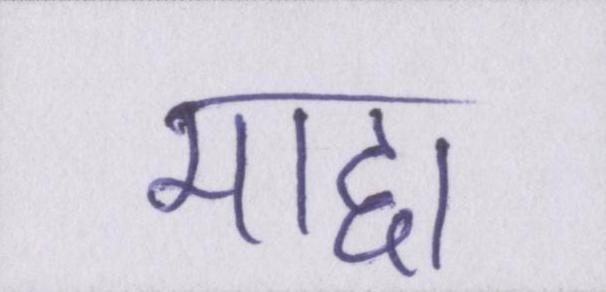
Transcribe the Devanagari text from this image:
माद्दा